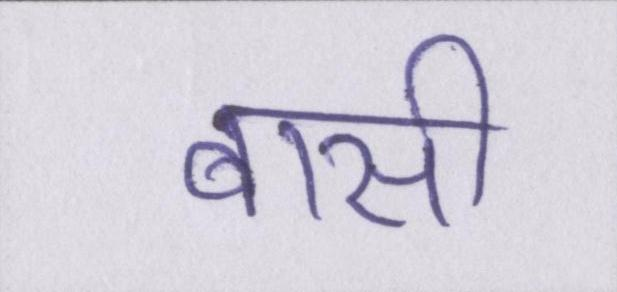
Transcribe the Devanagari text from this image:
बासी